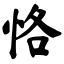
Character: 恪